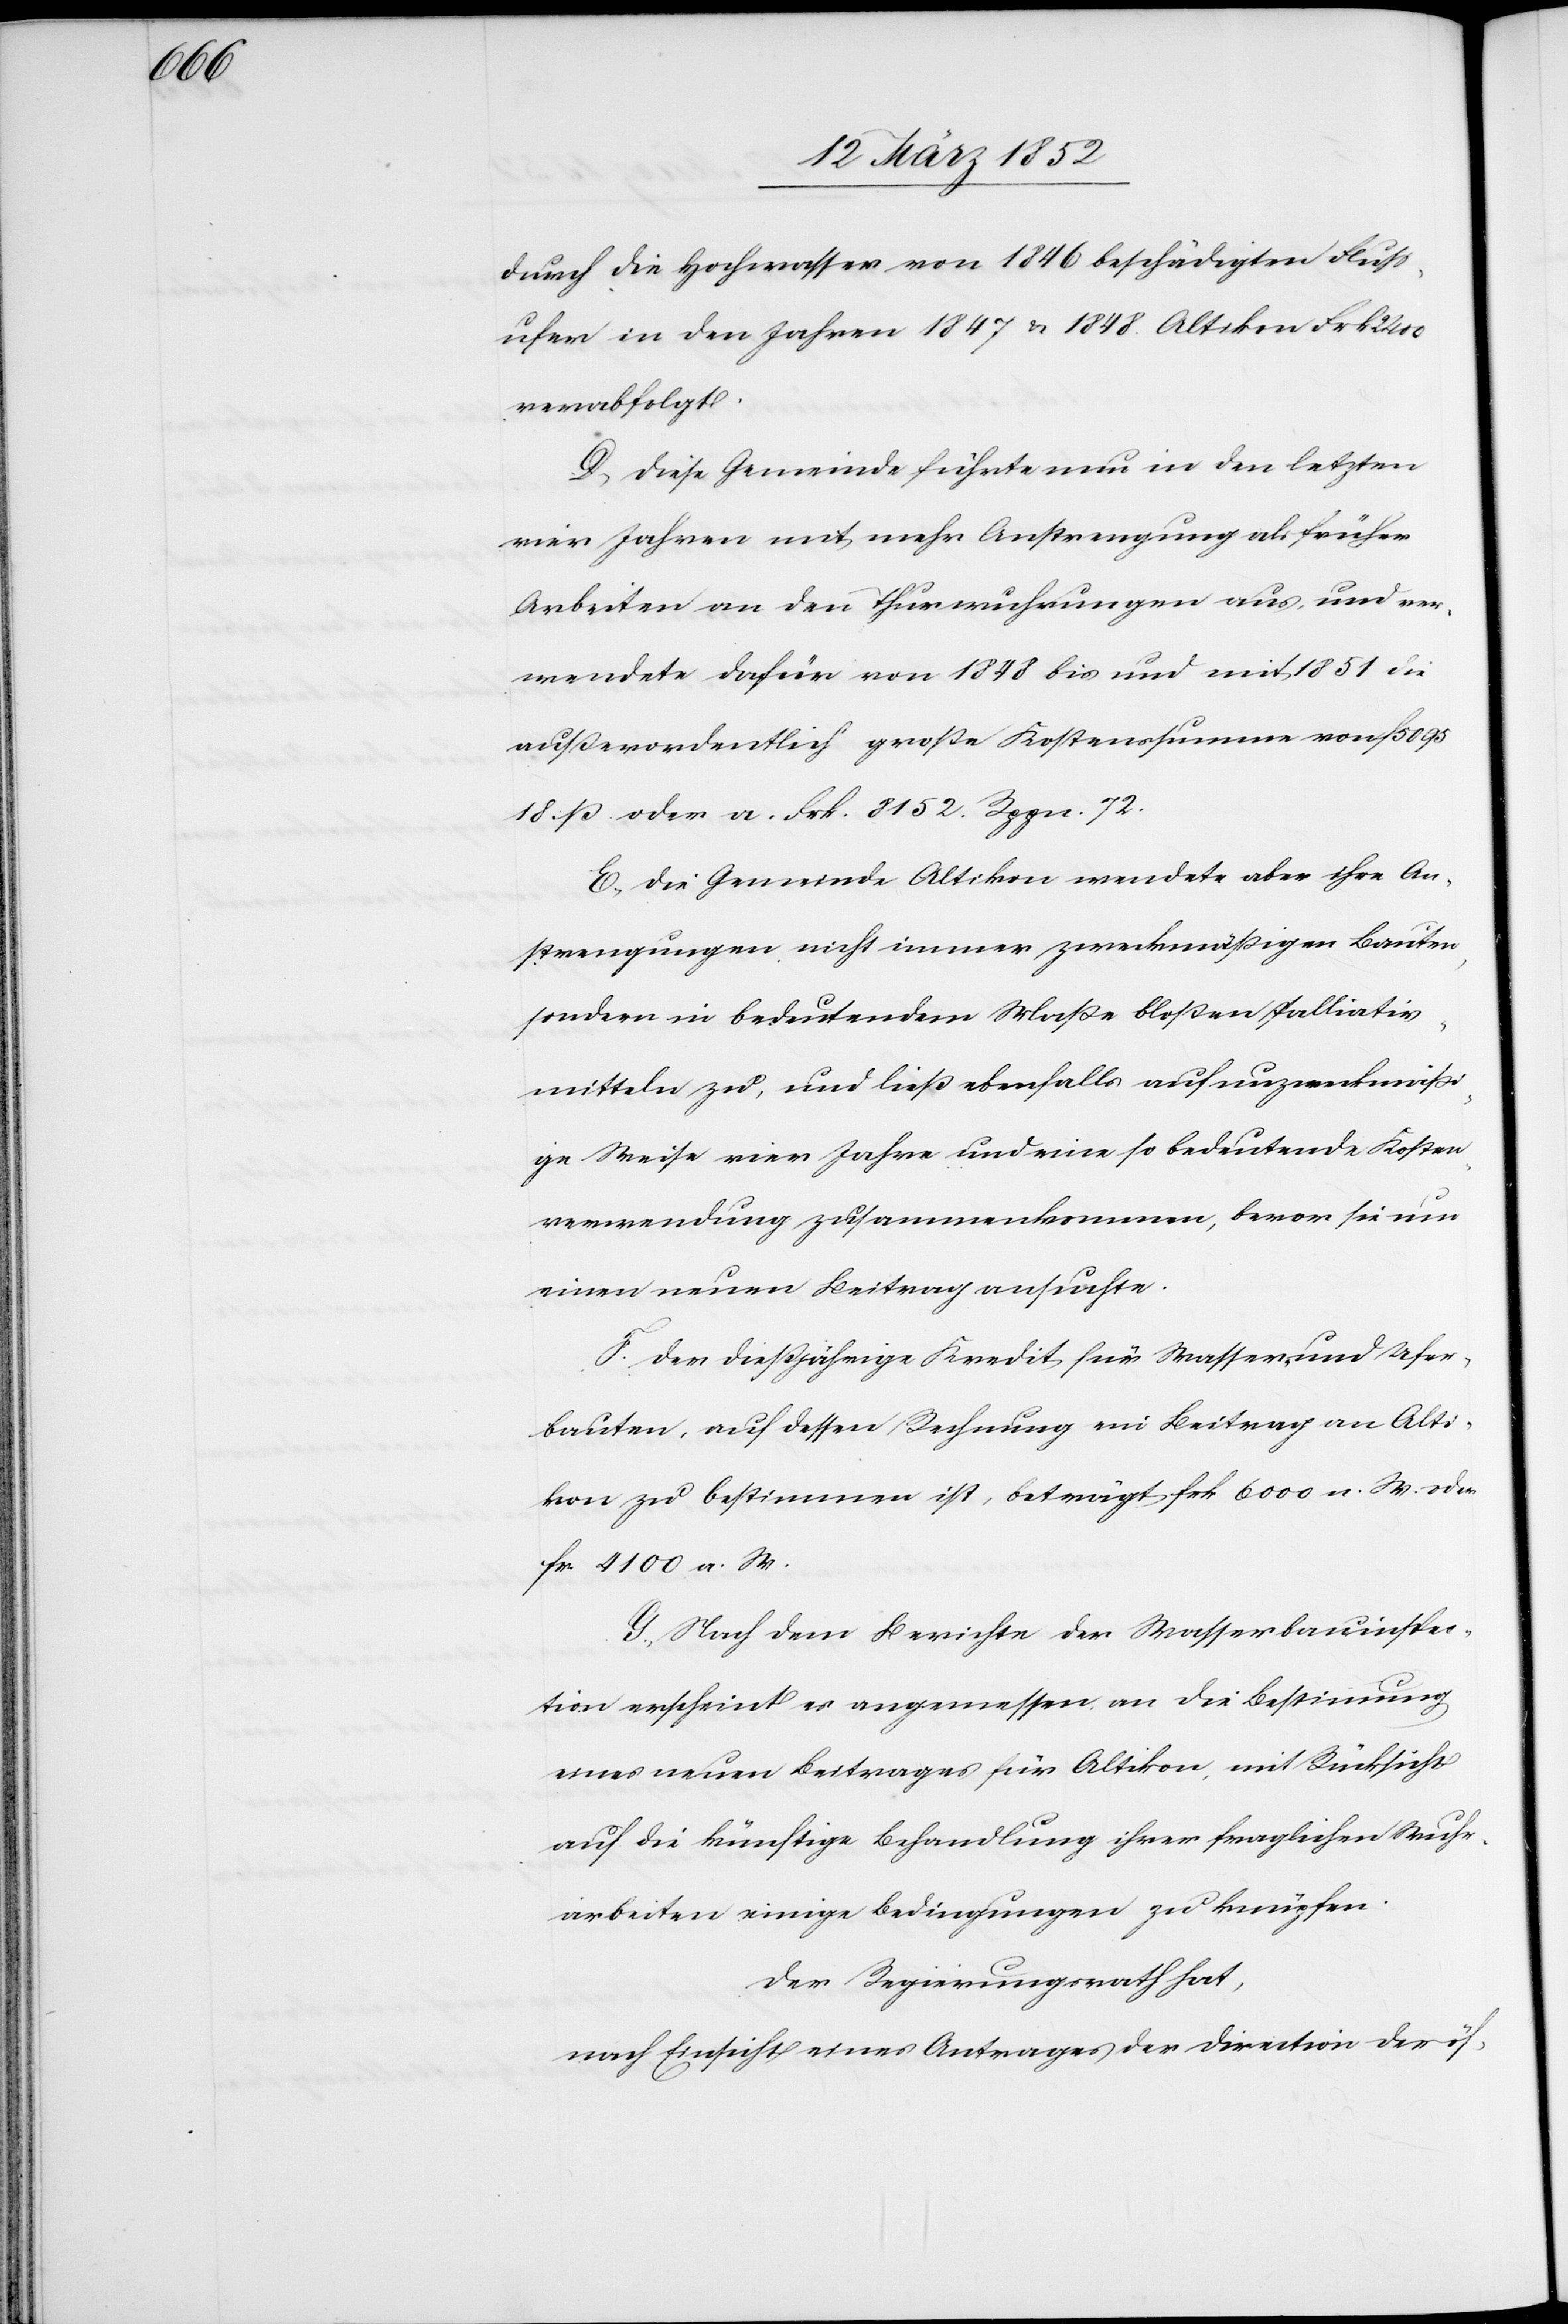
durch die Hochwasser von 1846 beschädigten Fluß¬
ufer in den Jahren 1847 u. 1848. Altikon Frk.
verabfolgt.
D) Diese Gemeinde führte nun in den letzten
vier Jahren mit mehr Anstrengung als früher
Arbeiten an den Thurwuhrungen aus, und ver¬
wendete dafür von 1848 bis und mit 1851 die
außerordentlich große Kostenssumme von f. 5095
18. ß oder a. Frk. 8152. Rppn. 72.
E.) Die Gemeinde Altikon wendete aber ihre An¬
strengungen nicht immer zweckmäßigen Bauten,
sondern in bedeutendem Maße bloßen Palliativ¬
mitteln zu, und ließ ebenfalls auf unzweckmäßi¬
ge Weise vier Jahre und eine so bedeutende Kosten¬
verwendung zusammenkommen, bevor sie nun
einen neuen Beitrag ansuchte.
F. Der dießjährige Kredit für Wasser- und Ufer¬
bauten, auf dessen Rechnung ein Beitrag von Alti¬
kon zu bestimmen ist, beträgt Frk. 5000 n. W. oder
fr. 4100 a. W.
G.) Nach dem Berichte der Wasserbauinspec¬
tion erscheint es angemessen an die Bestimmung
eines neuen Beitrages für Altikon, mit Rücksicht
auf die künftige Behandlung ihrer fraglichen Wuhr¬
arbeiten einige Bedingungen zu knüpfen.
Der Regierungsrath hat,
nach Einsicht eines Antrages der Direction der öf-